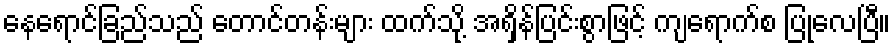
နေရောင်ခြည်သည် တောင်တန်းများ ထက်သို့ အရှိန်ပြင်းစွာဖြင့် ကျရောက်စ ပြုလေပြီ။